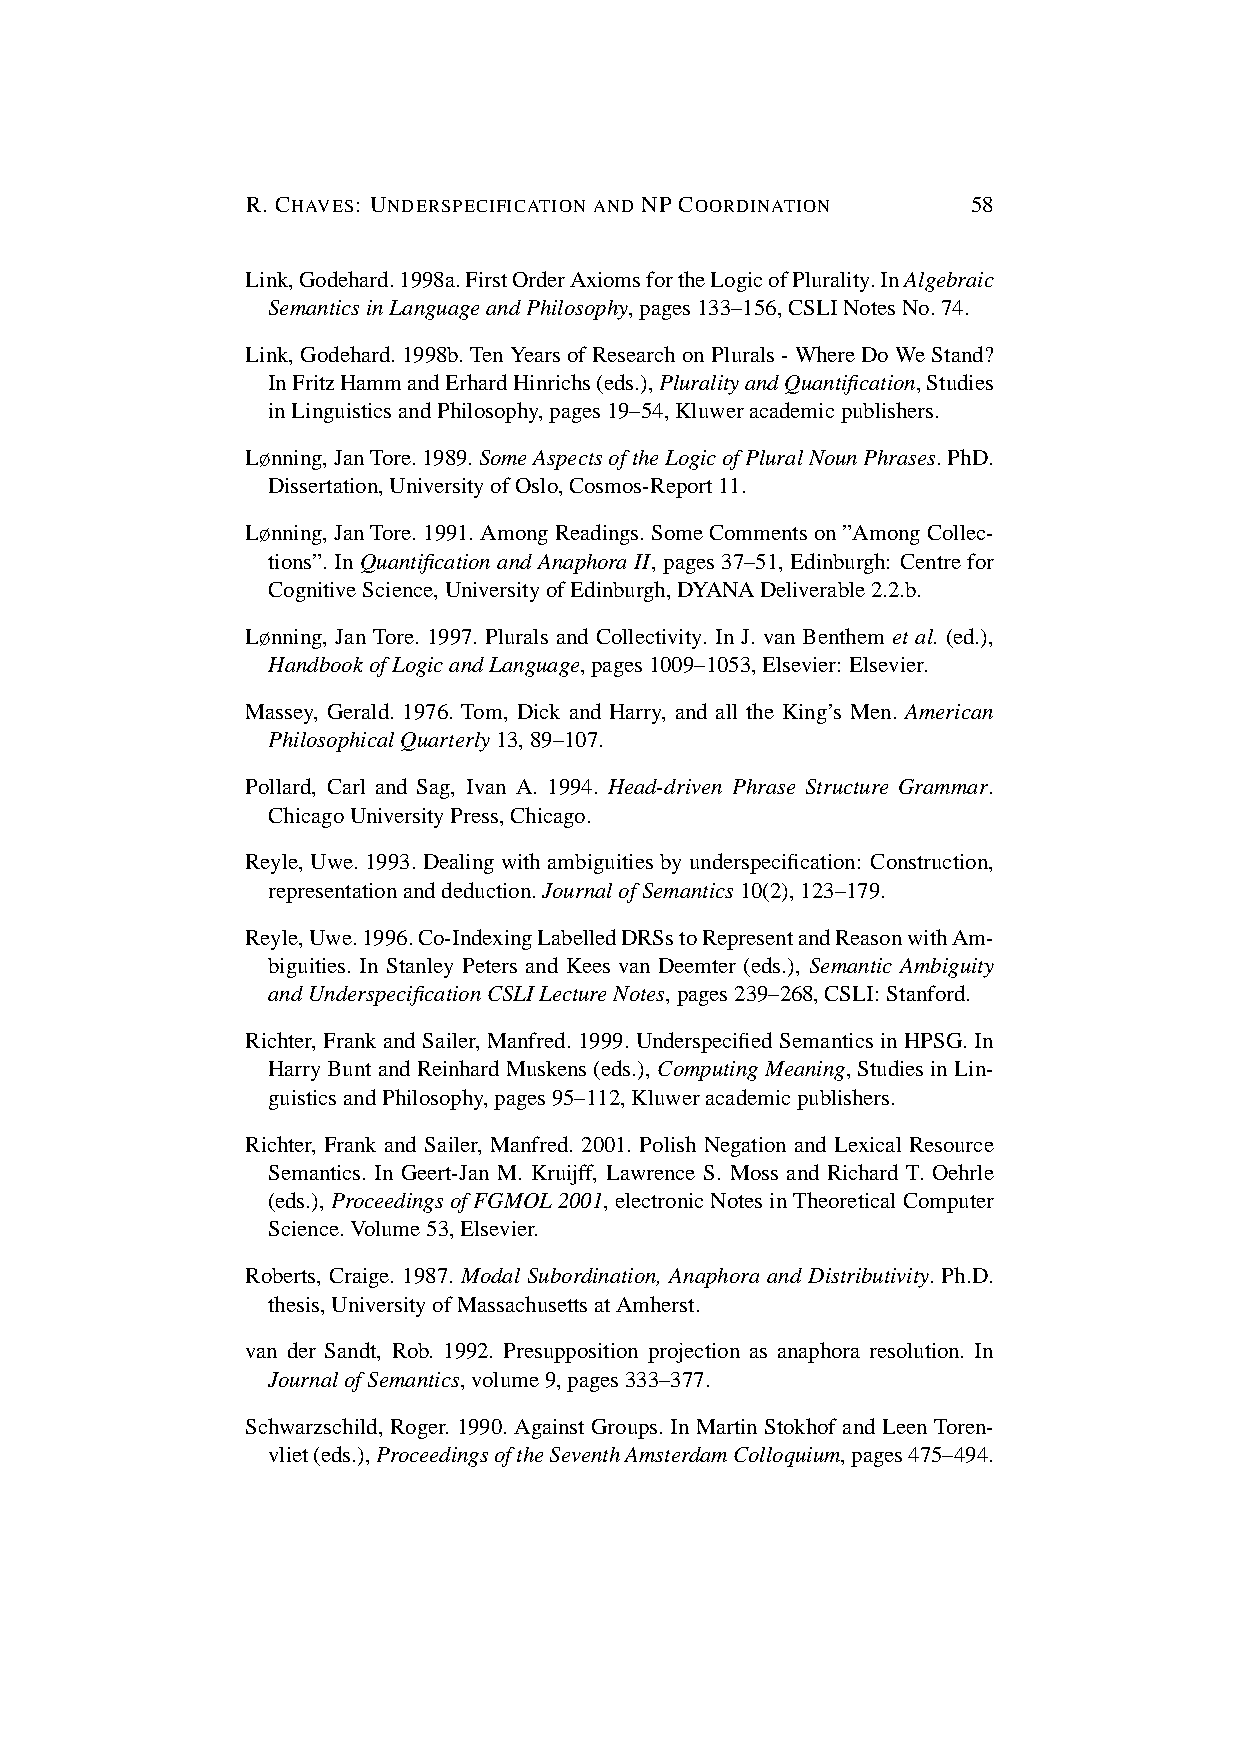
R. CHAVES: UNDERSPECIFICATION AND NP COORDINATION 58
 Link,Godehard.1998a.FirstOrderAxiomsfortheLogicofPlurality.InAlgebraic
 SemanticsinLanguageandPhilosophy,pages133–156,CSLINotesNo.74.
 Link, Godehard.1998b.TenYearsofResearchonPlurals-WhereDoWeStand?
 InFritzHammandErhardHinrichs(eds.),PluralityandQuantification,Studies
 inLinguisticsandPhilosophy,pages19–54,Kluweracademicpublishers.
 Lønning,JanTore.1989.SomeAspectsoftheLogicofPluralNounPhrases.PhD.
 Dissertation,UniversityofOslo,Cosmos-Report11.
 Lønning,JanTore.1991.AmongReadings.SomeCommentson”AmongCollec-
 tions”. In Quantification and Anaphora II, pages 37–51, Edinburgh: Centre for
 CognitiveScience,UniversityofEdinburgh,DYANADeliverable2.2.b.
 Lønning, Jan Tore. 1997. Plurals and Collectivity. In J. van Benthem et al. (ed.),
 HandbookofLogicandLanguage,pages1009–1053,Elsevier: Elsevier.
 Massey, Gerald. 1976. Tom, Dick and Harry, and all the King’s Men. American
 PhilosophicalQuarterly13,89–107.
 Pollard, Carl and Sag, Ivan A. 1994. Head-driven Phrase Structure Grammar.
 ChicagoUniversityPress,Chicago.
 Reyle, Uwe.1993.Dealingwithambiguitiesbyunderspecification: Construction,
 representationanddeduction.JournalofSemantics10(2),123–179.
 Reyle,Uwe.1996.Co-IndexingLabelledDRSstoRepresentandReasonwithAm-
 biguities. In Stanley Peters and Kees van Deemter (eds.), Semantic Ambiguity
 andUnderspecificationCSLILectureNotes,pages239–268,CSLI:Stanford.
 Richter, Frank and Sailer, Manfred. 1999. Underspecified Semantics in HPSG. In
 HarryBuntandReinhardMuskens(eds.),ComputingMeaning,StudiesinLin-
 guisticsandPhilosophy,pages95–112,Kluweracademicpublishers.
 Richter, Frank and Sailer, Manfred. 2001. Polish Negation and Lexical Resource
 Semantics. In Geert-Jan M. Kruijff, Lawrence S. Moss and Richard T. Oehrle
 (eds.),ProceedingsofFGMOL2001,electronicNotesinTheoreticalComputer
 Science.Volume53,Elsevier.
 Roberts, Craige. 1987. Modal Subordination, Anaphora and Distributivity. Ph.D.
 thesis,UniversityofMassachusettsatAmherst.
 van der Sandt, Rob. 1992. Presupposition projection as anaphora resolution. In
 JournalofSemantics,volume9,pages333–377.
 Schwarzschild, Roger. 1990. Against Groups. In Martin Stokhof and Leen Toren-
 vliet(eds.),ProceedingsoftheSeventhAmsterdamColloquium,pages475–494.